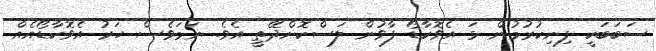
ސަބަބަކީ ފިނިކުރުމުން ޅަ އެވޮކާޑޯ ފާވުން ލަސްކޮށްދޭތީ އެވެ. ނަމަވެސް ހަރު އެވޮކާޑޯއެއް